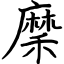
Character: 穈